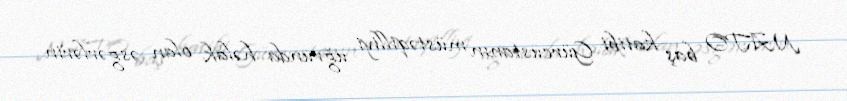
NATO baş katibi Gürcüstanın müstəqilliyi uğrunda həlak olan əsgərlərin